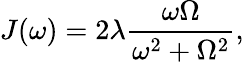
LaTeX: J(\omega)=2\lambda\frac{\omega\Omega}{\omega^{2}+\Omega^{2}},